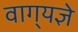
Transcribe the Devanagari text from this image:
वाग्‌यज्ञे